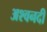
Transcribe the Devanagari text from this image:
अश्वनदी